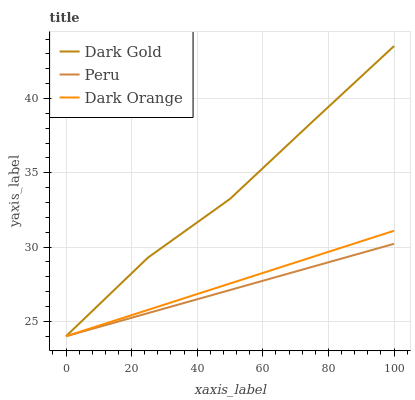
| xaxis_label | Dark Gold | Peru | Dark Orange |
 | --- | --- | --- | --- |
 | 0 | 24 | 24 | 24 |
 | 25 | 29.3 | 25.6 | 25.8 |
 | 50 | 33.2 | 27.1 | 27.6 |
 | 75 | 38.4 | 28.7 | 29.3 |
 | 100 | 43.5 | 30.2 | 31.1 |